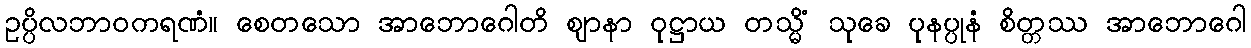
ဥပ္ပိလဘာဝကရဏံ။ စေတသော အာဘောဂေါတိ ဈာနာ ဝုဋ္ဌာယ တသ္မိံ သုခေ ပုနပ္ပုနံ စိတ္တဿ အာဘောဂေါ